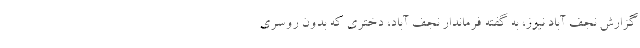
گزارش نجف آباد نیوز، به گفته فرماندار نجف آباد، دختری که بدون روسری